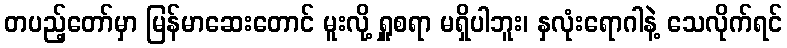
တပည့်တော်မှာ မြန်မာဆေးတောင် မူးလို့ ရှူစရာ မရှိပါဘူး၊ နှလုံးရောဂါနဲ့ သေလိုက်ရင်